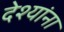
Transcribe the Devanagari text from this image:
देश्यांना